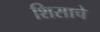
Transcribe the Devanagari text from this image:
शिसाचे